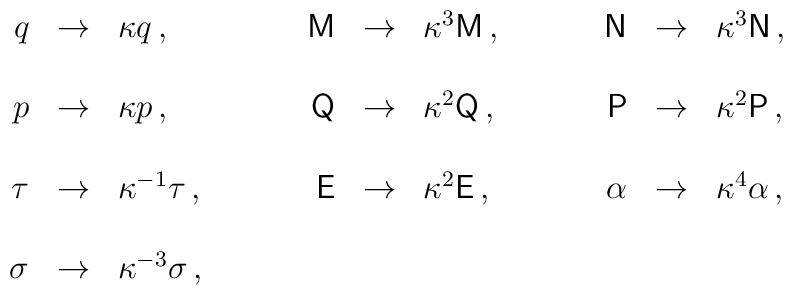
\begin{array}{rclrclrcl}q          & \rightarrow & \kappa q\, ,              &\mathsf{M} & \rightarrow & \kappa^{3}\mathsf{M}\, ,\hspace{1cm}  & \mathsf{N} & \rightarrow & \kappa^{3}\mathsf{N}\, ,  \\& & & & & & & & \\p          & \rightarrow & \kappa p\, ,              & \mathsf{Q} & \rightarrow & \kappa^{2}\mathsf{Q}\, ,  & \mathsf{P} & \rightarrow & \kappa^{2}\mathsf{P}\, ,\hspace{1cm}  \\& & & & & & & & \\\tau       & \rightarrow & \kappa^{-1}\tau\, ,\hspace{1cm}       & \mathsf{E} & \rightarrow & \kappa^{2}\mathsf{E}\, ,  &\alpha     & \rightarrow & \kappa^{4}\alpha\, ,      \\& & & & & & & & \\\sigma     & \rightarrow & \kappa^{-3} \sigma\, ,    & & & & & & \\\end{array}